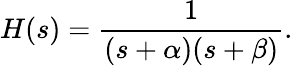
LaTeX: H(s)={\frac{1}{(s+\alpha)(s+\beta)}}.